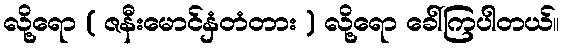
လို့ရော ( ဇနီးမောင်နှံတံတား ) လို့ရော ခေါ်ကြပါတယ်။